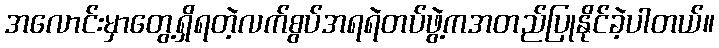
အလောင်းမှာတွေ့ရှိရတဲ့လက်စွပ်အရရဲတပ်ဖွဲ့ကအတည်ပြုနိုင်ခဲ့ပါတယ်။